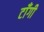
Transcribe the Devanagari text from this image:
टाँगी